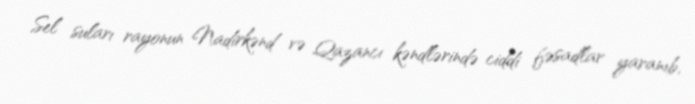
Sel suları rayonun Nadirkənd və Qazancı kəndlərində ciddi fəsadlar yaranıb,